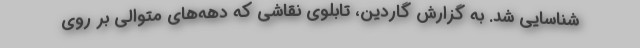
شناسایی شد. به گزارش گاردین، تابلوی نقاشی که دهه‌های متوالی بر روی